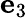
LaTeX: {\mathbf e}_{3}